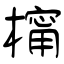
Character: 橣